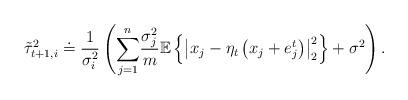
LaTeX: \begin{align*}\tilde{\tau}_{t+1,i}^{2} & \doteq\frac{1}{\sigma_{i}^{2}}\left(\overset{n}{\underset{j=1}{\sum}}\frac{\sigma_{j}^{2}}{m}\mathbb{E}\left\{ \left|x_{j}-\eta_{t}\left(x_{j}+e_{j}^{t}\right)\right|_{2}^{2}\right\} +\sigma^{2}\right).\end{align*}